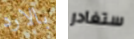
بالارد ستغادر